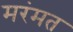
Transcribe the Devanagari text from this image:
मरंमत